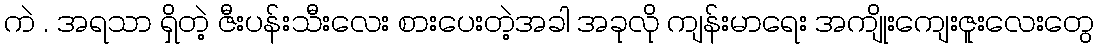
ကဲ . အရသာ ရှိတဲ့ ဇီးပန်းသီးလေး စားပေးတဲ့အခါ အခုလို ကျန်းမာရေး အကျိုးကျေးဇူးလေးတွေ